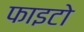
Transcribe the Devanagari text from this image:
फाइटो